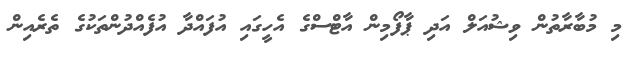
މި މުބާރާތުން ވިޝުއަލް އަދި ޕާފޯމިން އާޓްސްގެ އެހީގައި އުފައްދާ އުފެއްދުންތަކުގެ ތެރެއިން